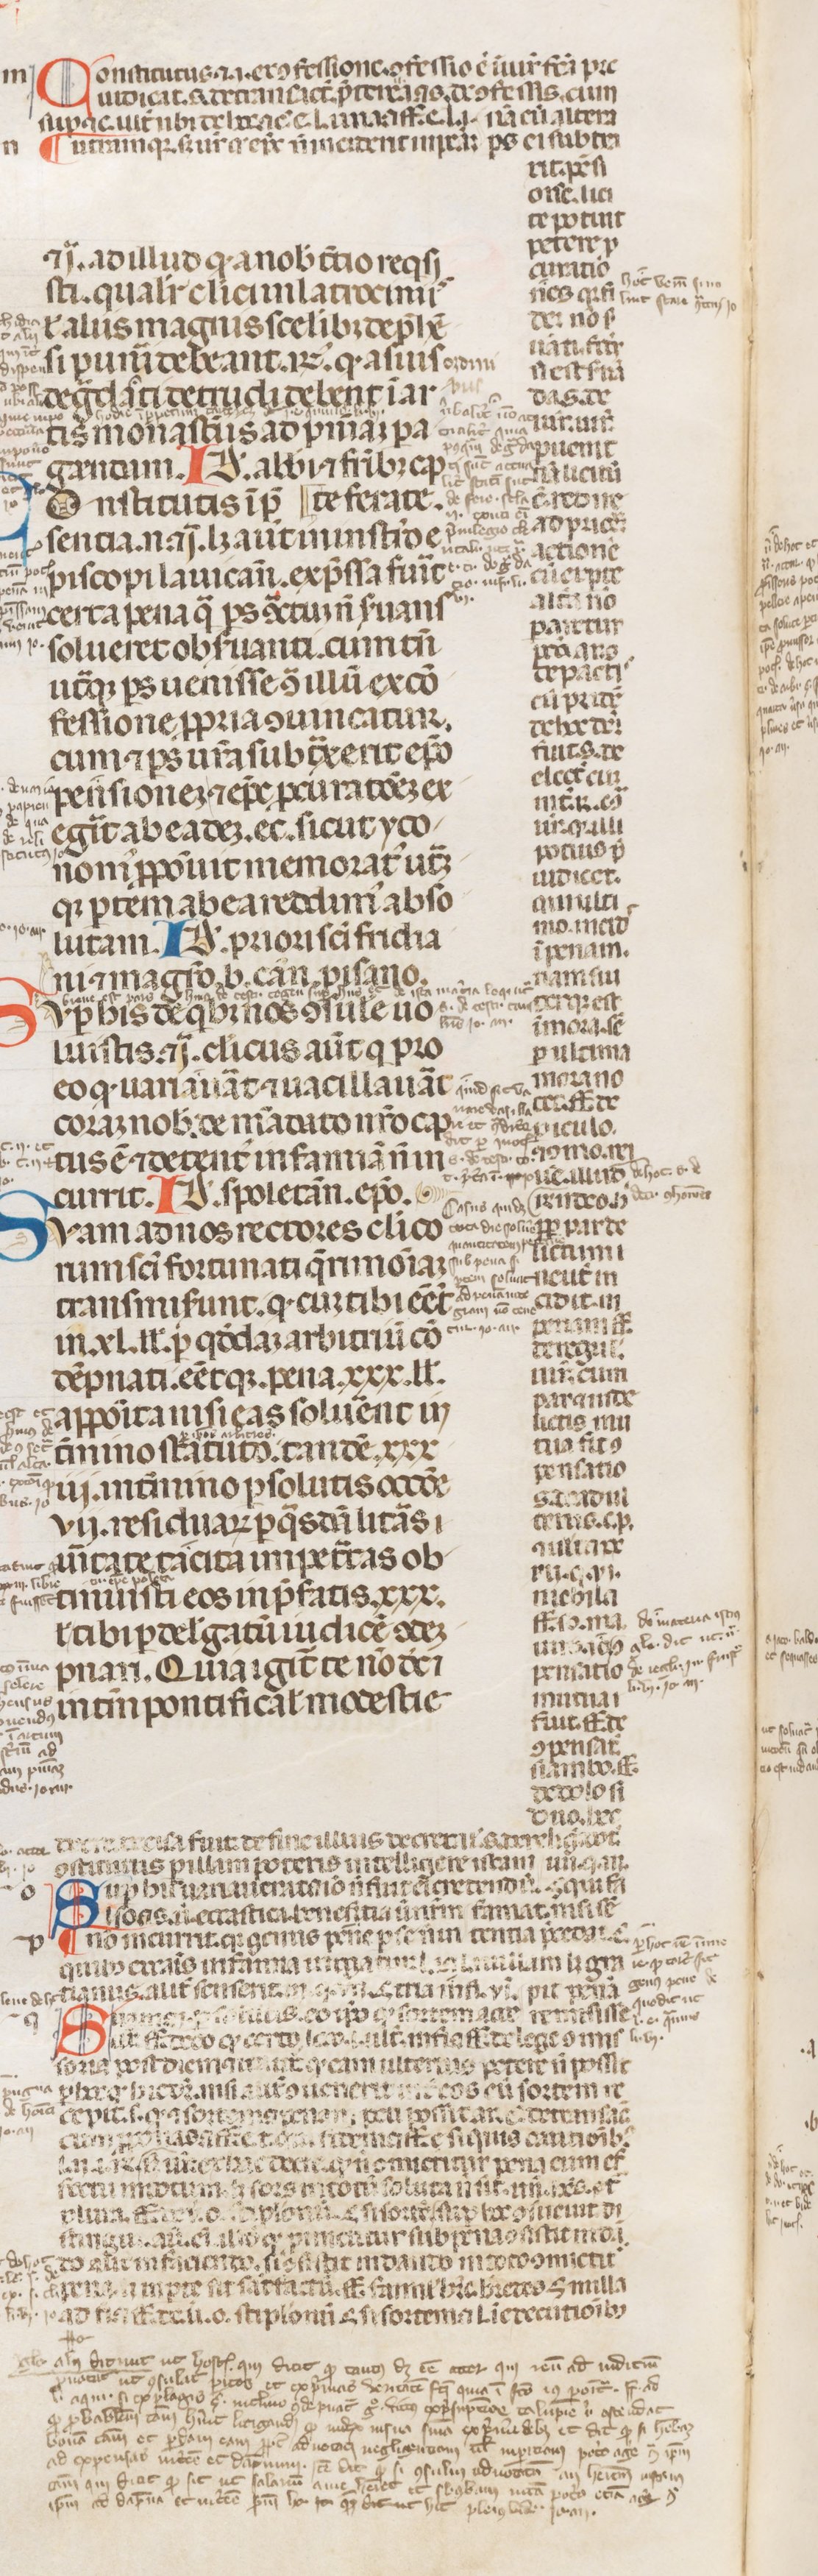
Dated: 1250–1399